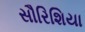
સૌરિશિયા